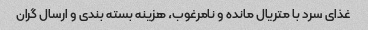
غذای سرد با متریال مانده و نامرغوب، هزینه بسته بندی و ارسال گران